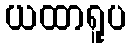
ယထာရူပ